38_143685_box_Incident_Summaries_101-172
Agency: Department of War
Page 19
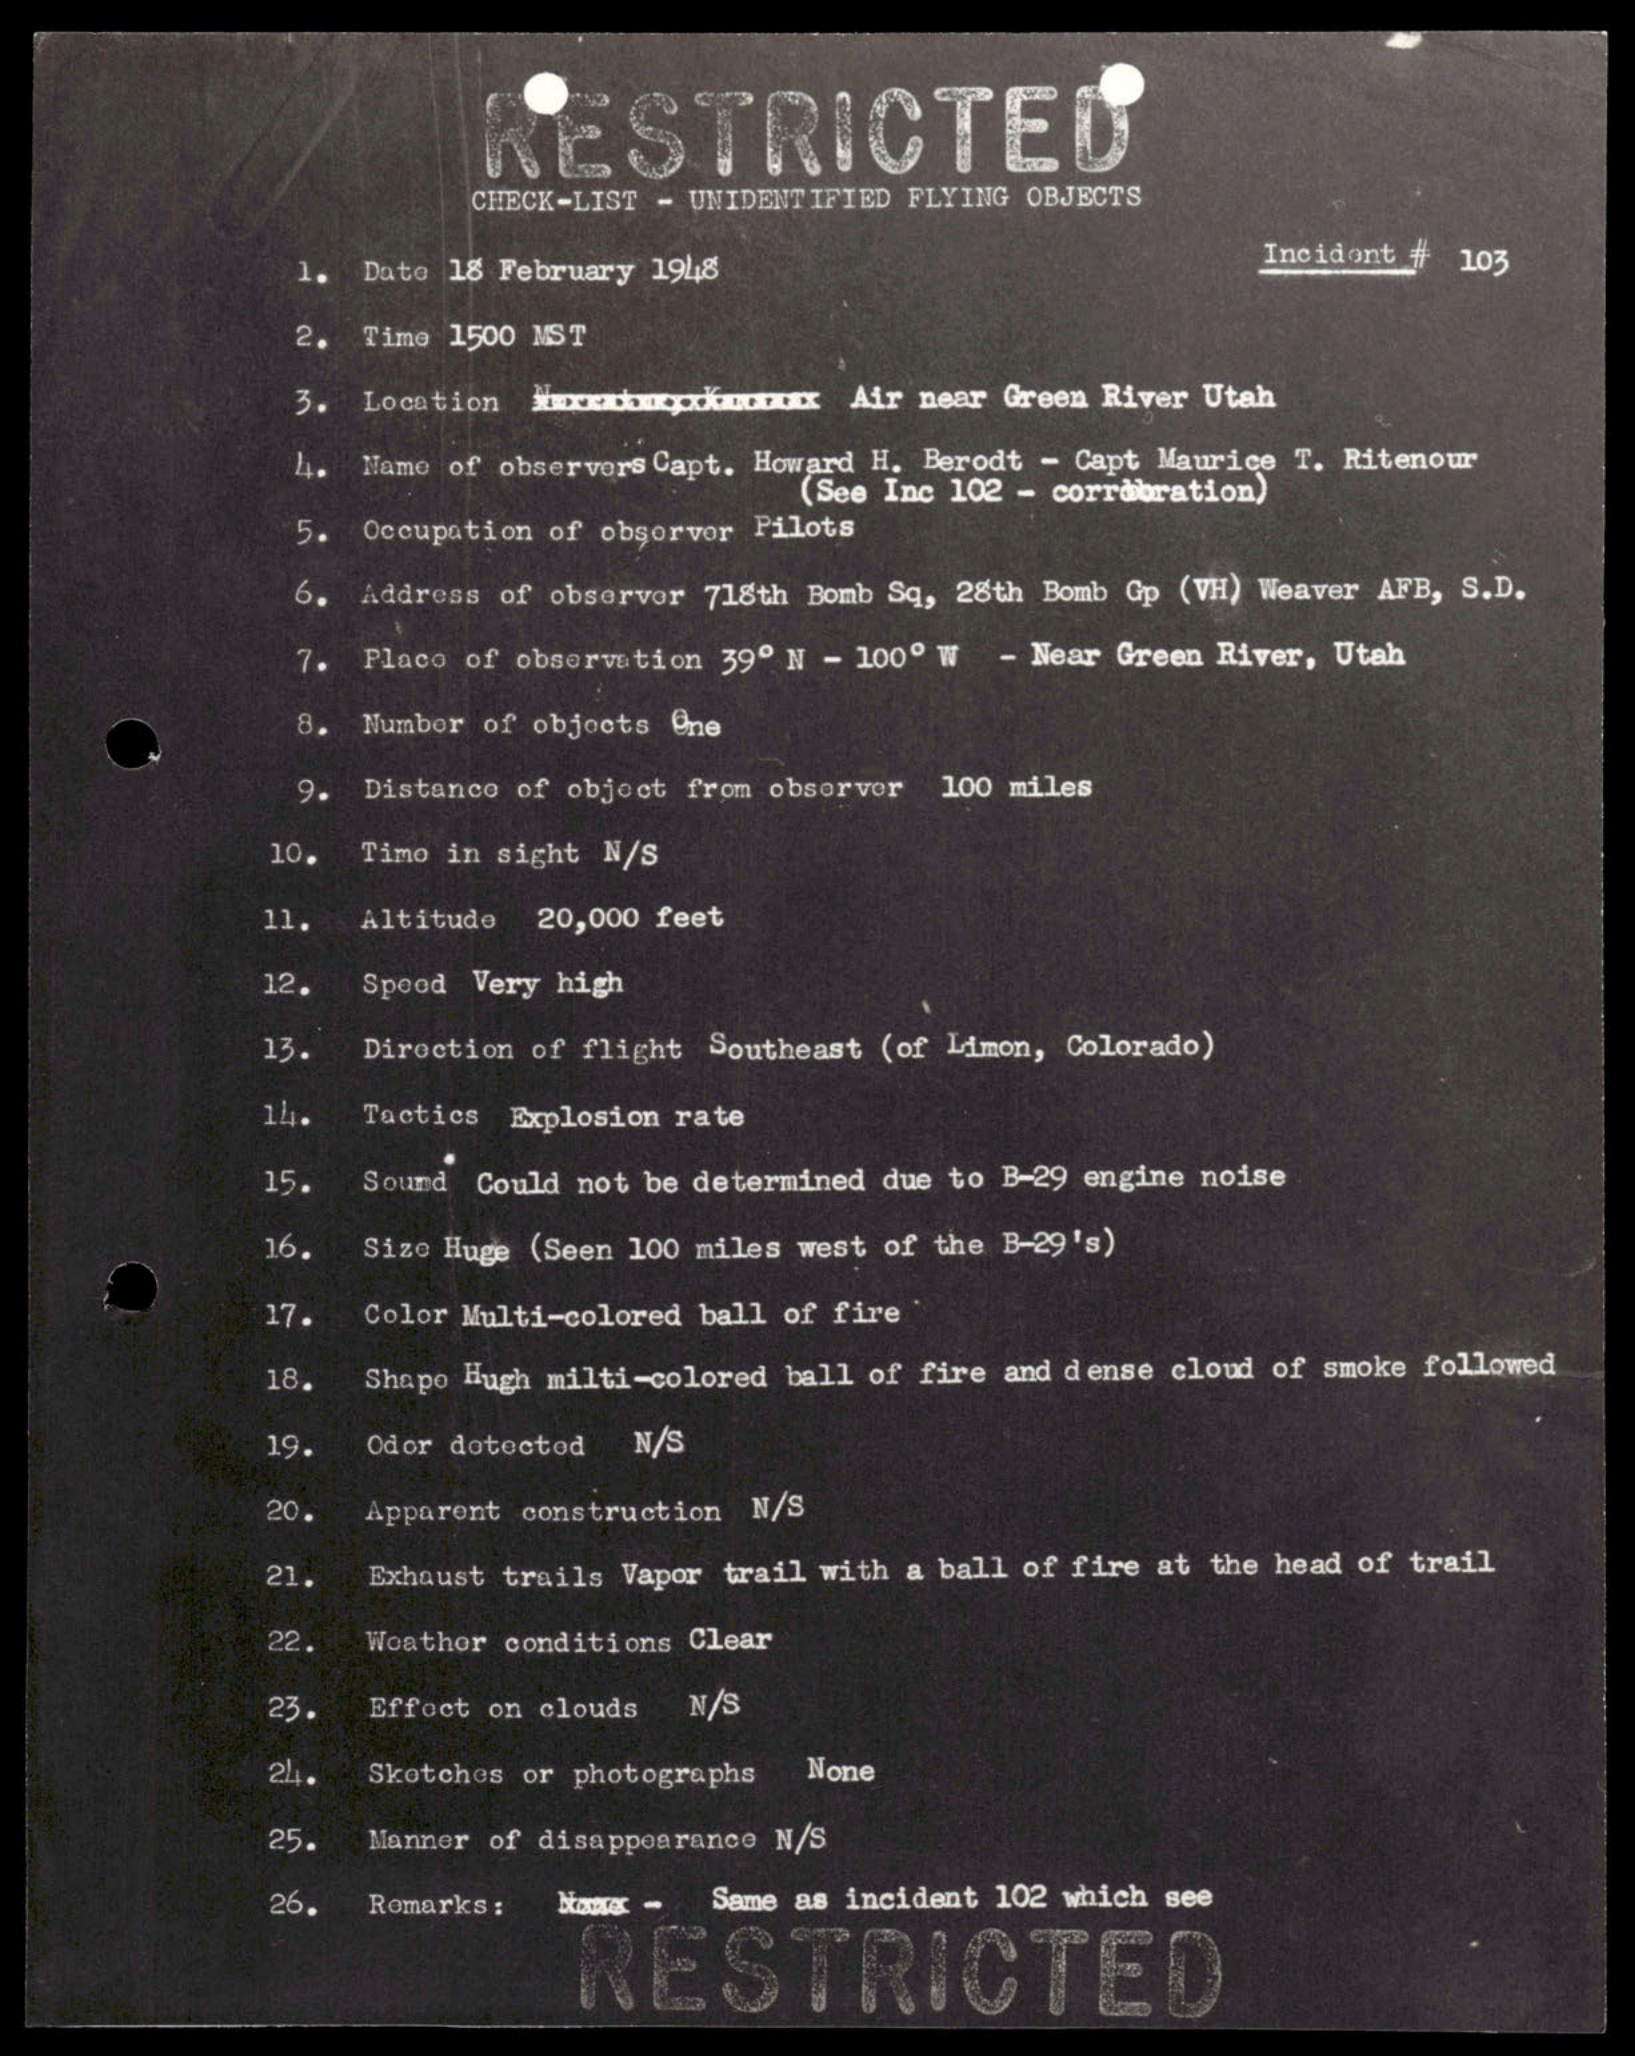